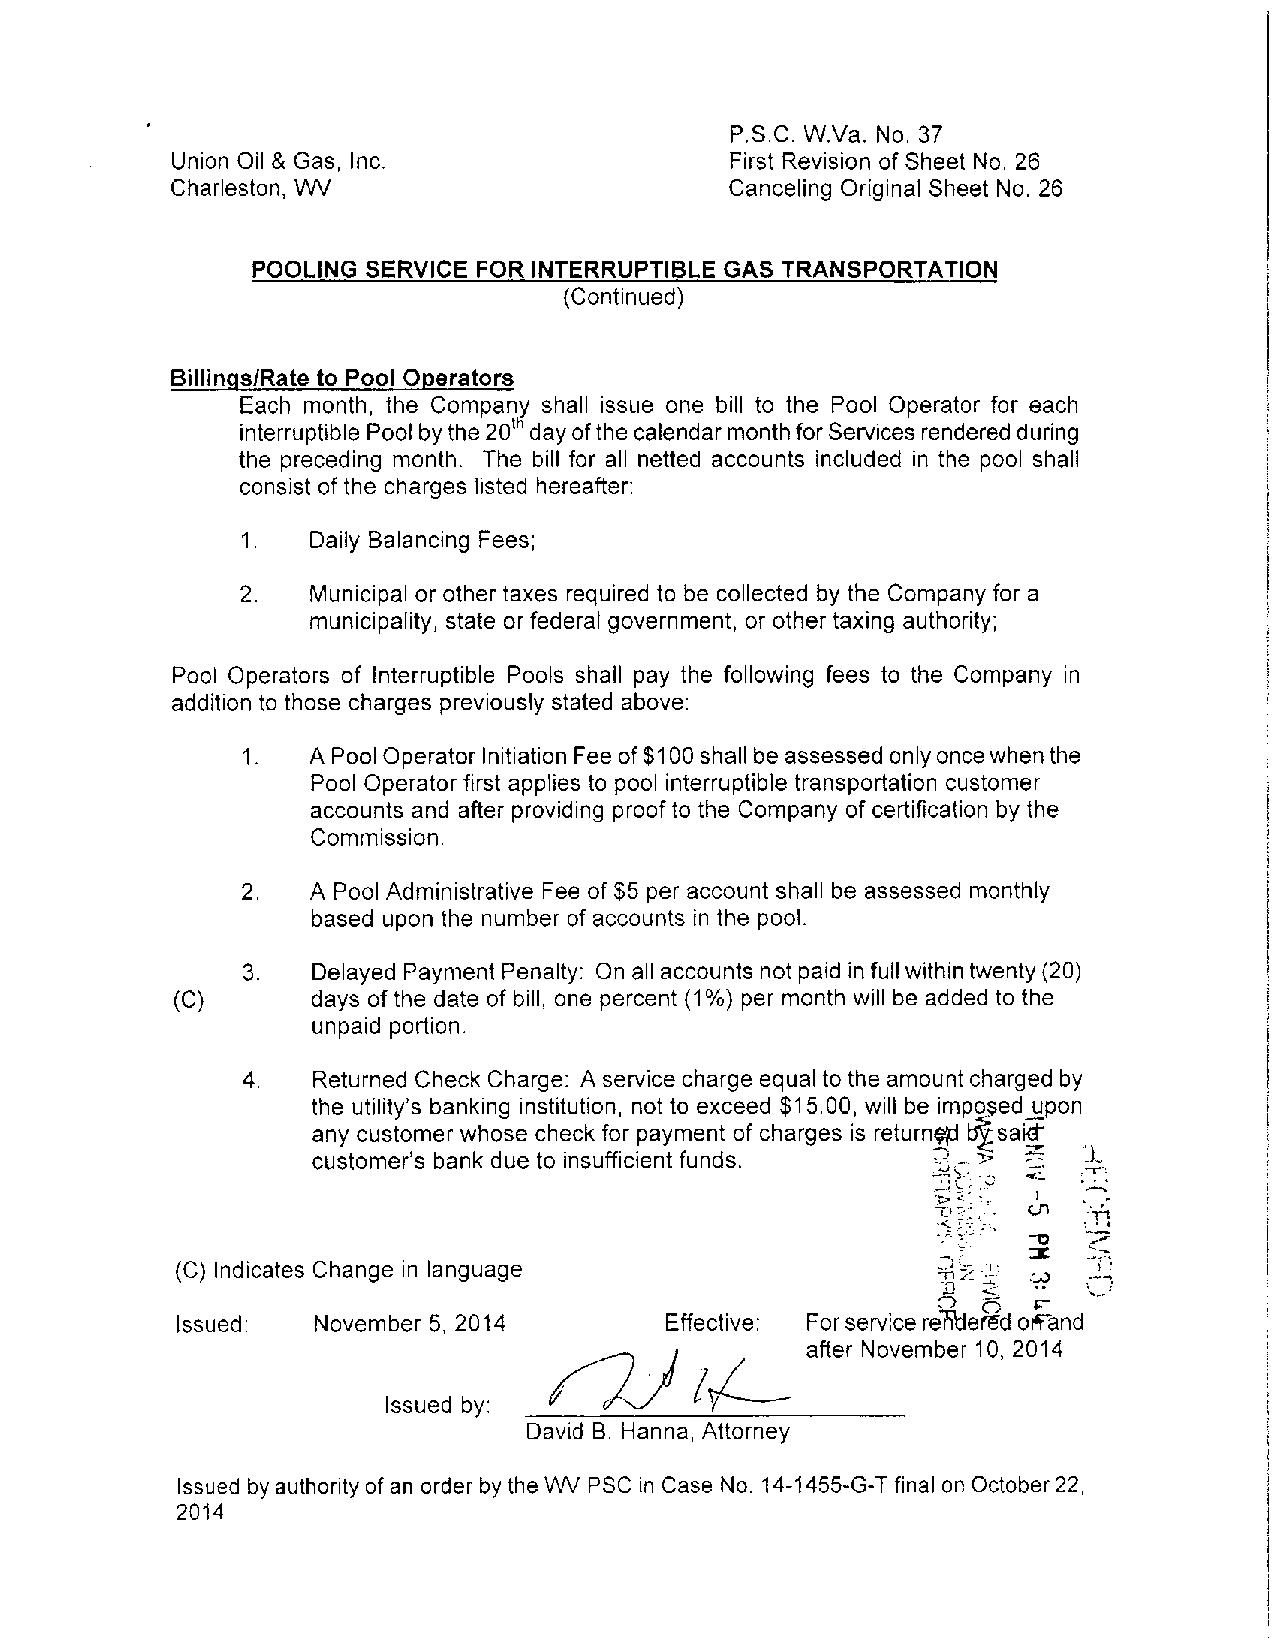
P.S.C. W.Va. No. 37
 Union Oil & Gas, Inc.                First Revisionof Sheet No. 26
 Charleston,WV                        Canceling Original Sheet No. 26
 POOLING SERVICE FOR INTERRUPTIBLEGAS TRANSPORTATION
 (Continued)
 Billinqs/Rate to Pool Operators
 Each month, the Company shall issue one bill to the Pool Operator for each
 interruptiblePoolbythe20thdayofthecalendarmonthforServicesrenderedduring
 the preceding month. The bill for all netted accounts included in the pool shall
 consist of the charges listed hereafter:
 1.  Daily BalancingFees;
 2.  Municipalorother taxes required to be collected by the Company for a
 municipality, state or federalgovernment, or other taxingauthority; \
 Pool Operators of Interruptible Pools shall pay the following fees to the Company in
 additionto thosecharges previously stated above:
 1.  APoolOperatorInitiationFeeof$100shallbeassessedonlyoncewhenthe
 PoolOperator first applies to pool interruptible transportation customer
 accountsand after providing proof to the Company of certificationby the
 Commission.                                                    j
 2.   A Pool Administrative Fee of $5per account shall be assessed monthly
 based upon the number of accountsin the pool.
 3.   DelayedPayment Penalty: Onallaccountsnotpaidinfullwithintwenty(20)
 (C)       days of the date of bill, one percent (1%) per month willbe added tothe
 unpaidportion.
 4.   ReturnedCheck Charge: A servicechargeequaltotheamountchargedby
 the utility s banking institution, not to exceed $15.00, willbeimposedjupon
 any customer whosecheck forpayment of charges is returned b sakt;
 customer's bank due to insufficient funds. IP 1    £
 tin
 3
 3
 (C) Indicates Change in language                  Is    w   S
 I
 Issued:  November 5, 2014       Effective: ForservicereTitiersd offand
 i
 after November 10, 2014
 Issued by:
 David B. Hanna, Attorney
 Issuedbyauthorityof an orderby theWV PSCinCaseNo.14-1455-G-T finalonOctober22,
 2014